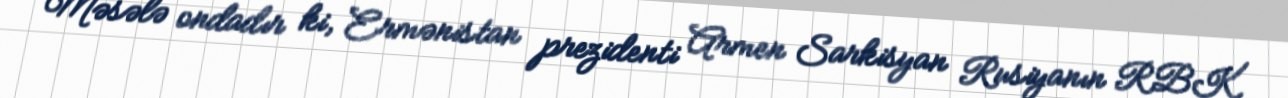
Məsələ ondadır ki, Ermənistan prezidenti Armen Sarkisyan Rusiyanın RBK